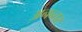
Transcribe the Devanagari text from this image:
अनन्तरः